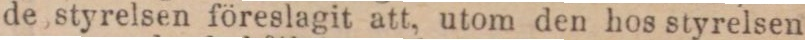
de styrelsen föreslagit att, utom den hos styrelsen